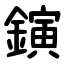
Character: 鏔